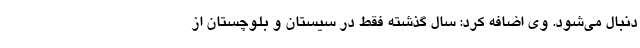
دنبال می‌شود. وی اضافه کرد: سال گذشته فقط در سیستان و بلوچستان از